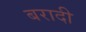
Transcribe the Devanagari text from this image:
बरादी